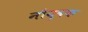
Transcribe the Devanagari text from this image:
नौयुवक